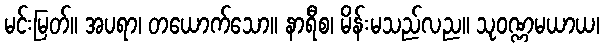
မင်းမြတ်။ အပရာ၊ တယောက်သော။ နာရီစ၊ မိန်းမသည်လည။ သုဝဏ္ဏမယာယ၊